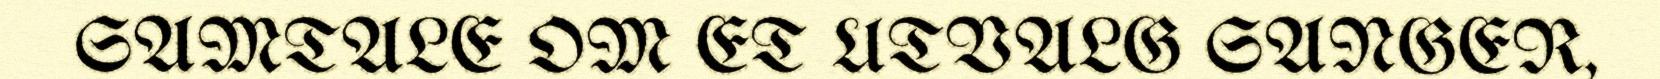
SAMTALE OM ET UTVALG SANGER,